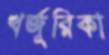
খর্জূরিকা